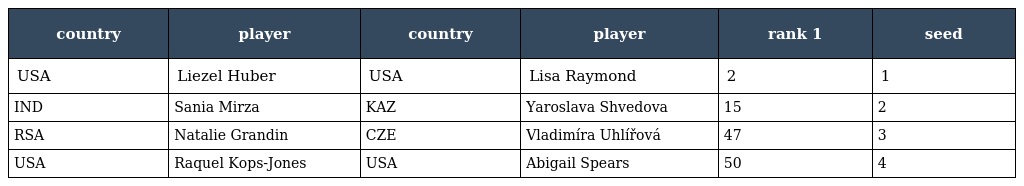
| country | player | country | player | rank 1 | seed |
 | --- | --- | --- | --- | --- | --- |
 | USA | Liezel Huber | USA | Lisa Raymond | 2 | 1 |
 | IND | Sania Mirza | KAZ | Yaroslava Shvedova | 15 | 2 |
 | RSA | Natalie Grandin | CZE | Vladimíra Uhlířová | 47 | 3 |
 | USA | Raquel Kops-Jones | USA | Abigail Spears | 50 | 4 |